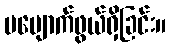
ပပျောက်ဖွယ်ရှိခြင်း။